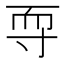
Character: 𱚠